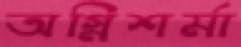
অগ্নিশর্মা